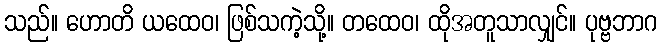
သည်။ ဟောတိ ယထေဝ၊ ဖြစ်သကဲ့သို့။ တထေဝ၊ ထိုအတူသာလျှင်။ ပုဗ္ဗဘာဂ